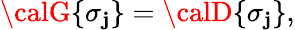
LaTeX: {\calG}\{ \sigma_{\mathbf{j}}\} ={\calD}\{ \sigma_{\mathbf{j}}\} ,